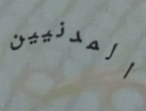
المدنيين